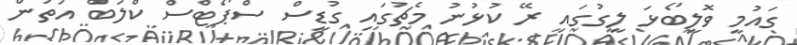
ގައުމީ ވޮލީބޯޅަ ލީގުގައި ރޭ ކުޅުނު މެޗުގައި ގުޑީސް ސްޕޯޓްސް ކްލަބް އަތުން